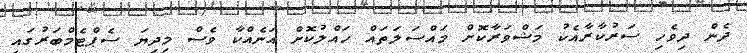
ދެން ދިވެހި ސަރުކާރާއެކު މަޝްވަރާކޮށް މައްސަލަތައް ހައްލުކޮށް އަނެއްކާ ވެސް މިދިޔަ ސެޕްޓެމްބަރުގައި